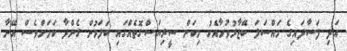
އަދި ފަސާދައިިގެ މައްސަލަ ބޭޒާރުވުމާއެކު މިކަން ސީރިޔަސްގޮތެއްގައި ބަލަމުން ގެންދާ ކަމަށްވެސް އޭނާ